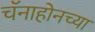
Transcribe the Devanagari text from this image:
चॅनाहोनच्या